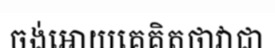
ចង់អោយគេគិតថាវាជា